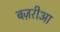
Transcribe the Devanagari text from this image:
बज़रीआ